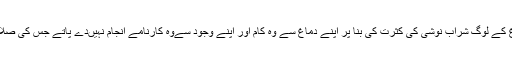
چنانچہ کتنے ہی اعلیٰ دماغ کے لوگ شراب نوشی کی کثرت کی بنا پر اپنے دماغ سے وہ کام اور اپنے وجود سےوہ کارنامے انجام نہیںدے پاتے جس کی صلاحیت اُن کو عطا ہوئی تھی۔